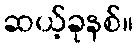
ဆယ့်ခုနစ်။